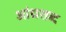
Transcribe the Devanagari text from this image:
आंध्रशब्द